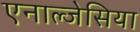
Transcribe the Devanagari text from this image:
एनाल्जेसिया